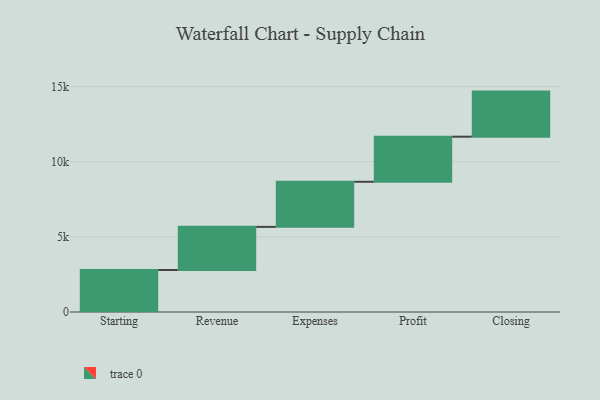
{"axis": {"x": "Step", "y": "Value"}, "legend": [""], "data": [{"x": "Starting", "y": 2794.0, "type": ""}, {"x": "Revenue", "y": 2870.0, "type": ""}, {"x": "Expenses", "y": 3000, "type": ""}, {"x": "Profit", "y": 3000, "type": ""}, {"x": "Closing", "y": 3000, "type": ""}]}